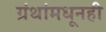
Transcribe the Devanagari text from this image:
ग्रंथांमधूनही